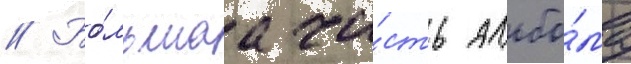
// Бо́льшаа ча́сть альбо́ма